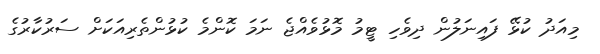
މިއަދު ކުޅޭ ފައިނަލުން ދިވެހި ޓީމު މޮޅުވެއްޖެ ނަމަ ކޮންމެ ކުޅުންތެރިއަކަށް ސަރުކާރުގެ